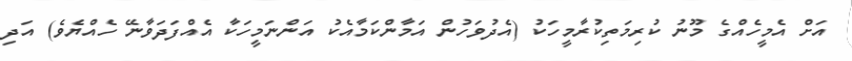
އަށް އެމީހެއްގެ މޫނު ކުރިމަތިކުރާމީހަކު (އެދުވަހުން އަމާންކަމާއެކު އަންނަމީހަކާ އެއްފަދަވާނޭ ހެއްޔެވެ) އަދި